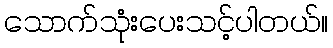
သောက်သုံးပေးသင့်ပါတယ်။